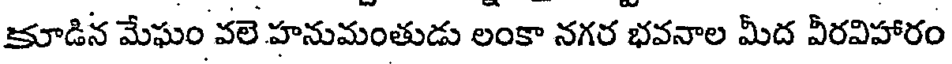
కూడిన మేఘం వలె హనుమంతుడు లంకా నగర భవనాల మీద వీరవిహారం